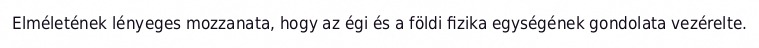
Elméletének lényeges mozzanata, hogy az égi és a földi fizika egységének gondolata vezérelte.